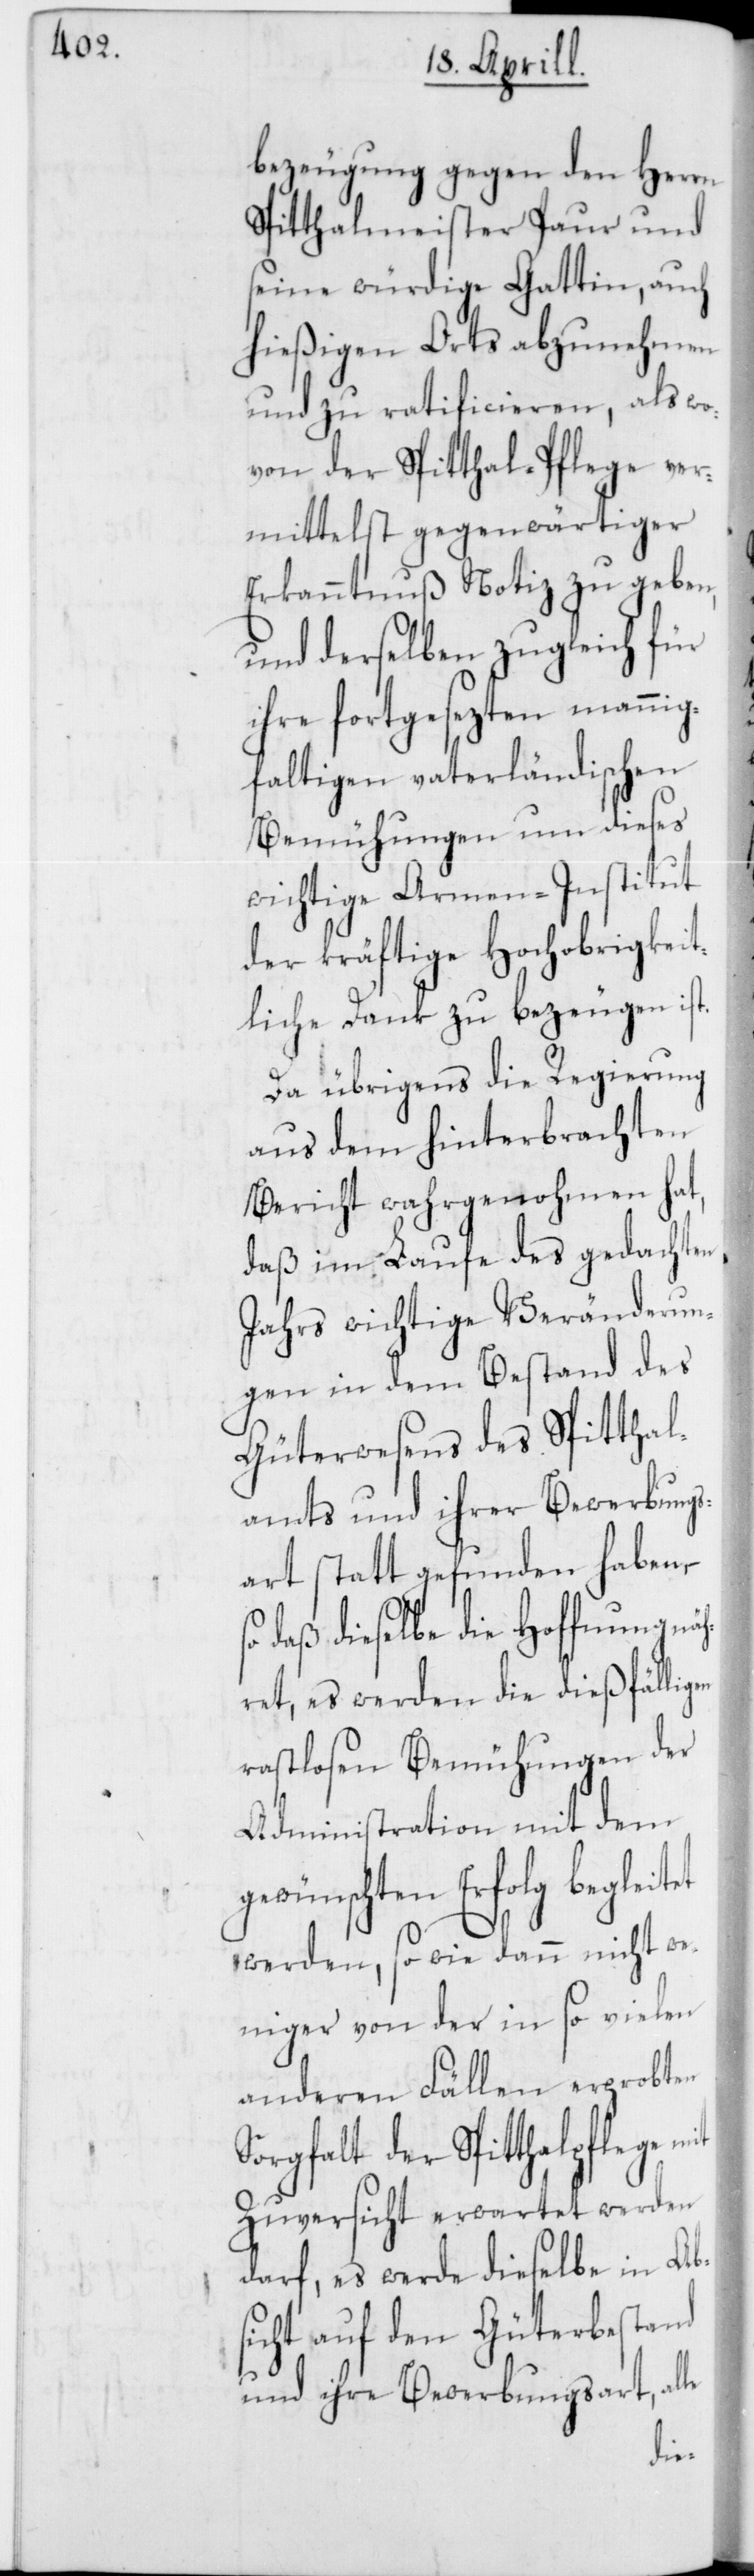
bezeugung gegen den Herrn
Spitthalmeister Paur und
seine würdige Gattin, auch
hießigen Orts abzunehmen
und zu ratificieren, als wo¬
von der Spitthal-Pflege ver¬
mittelst gegenwärtiger
Erkanntnuß Notiz zu geben,
und derselben zugleich für
ihre fortgesezten manni¬
gfaltigen vaterländischen
Bemühungen um dieses
wichtige Armen-Institut
der kräftige Hochobrigkeit¬
liche Dank zu bezeugen ist.
Da übrigens die Regierung
aus dem hinterbrachten
Bericht wahrgenohmen hat,
daß im Laufe des gedachten
Jahrs wichtige Veränderun¬
gen in dem Bestand des
Güterwesens des Spitthal¬
amts und ihrer Bewerbungs¬
art statt gefunden haben,
so daß dieselbe die Hoffnung näh¬
ret, es werden die dießfälli¬
rastlosen Bemühungen der
Administration mit dem
wünschten Erfolg begleitet
werden, so wie dann nicht we¬
niger von der in so vielen
anderen Fällen erprobten
Sorgfalt der Spitthalpflege
Zuversicht erwartet werden
darf, es werde dieselbe in Abs¬
icht auf den Güterbestand
und ihre Bewerbungsart, al¬
le